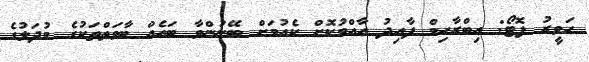
ހަވީރު ފޮޓޯ: އިބްރާހިމް ފާއިދު އާއްމުކޮށް ކެއުމަށް ބޭނުންވާ ބައެއް ބާވަތްތަކުގެ މުދަލުގެ